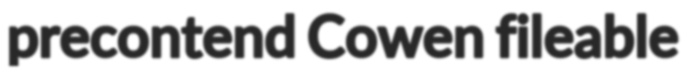
precontend Cowen fileable